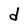
Character: d